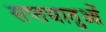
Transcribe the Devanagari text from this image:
सप्तधातुओं